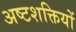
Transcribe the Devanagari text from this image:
अष्टशक्तियों